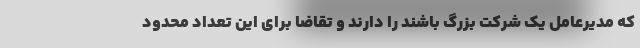
که مدیرعامل یک شرکت بزرگ باشند را دارند و تقاضا برای این تعداد محدود